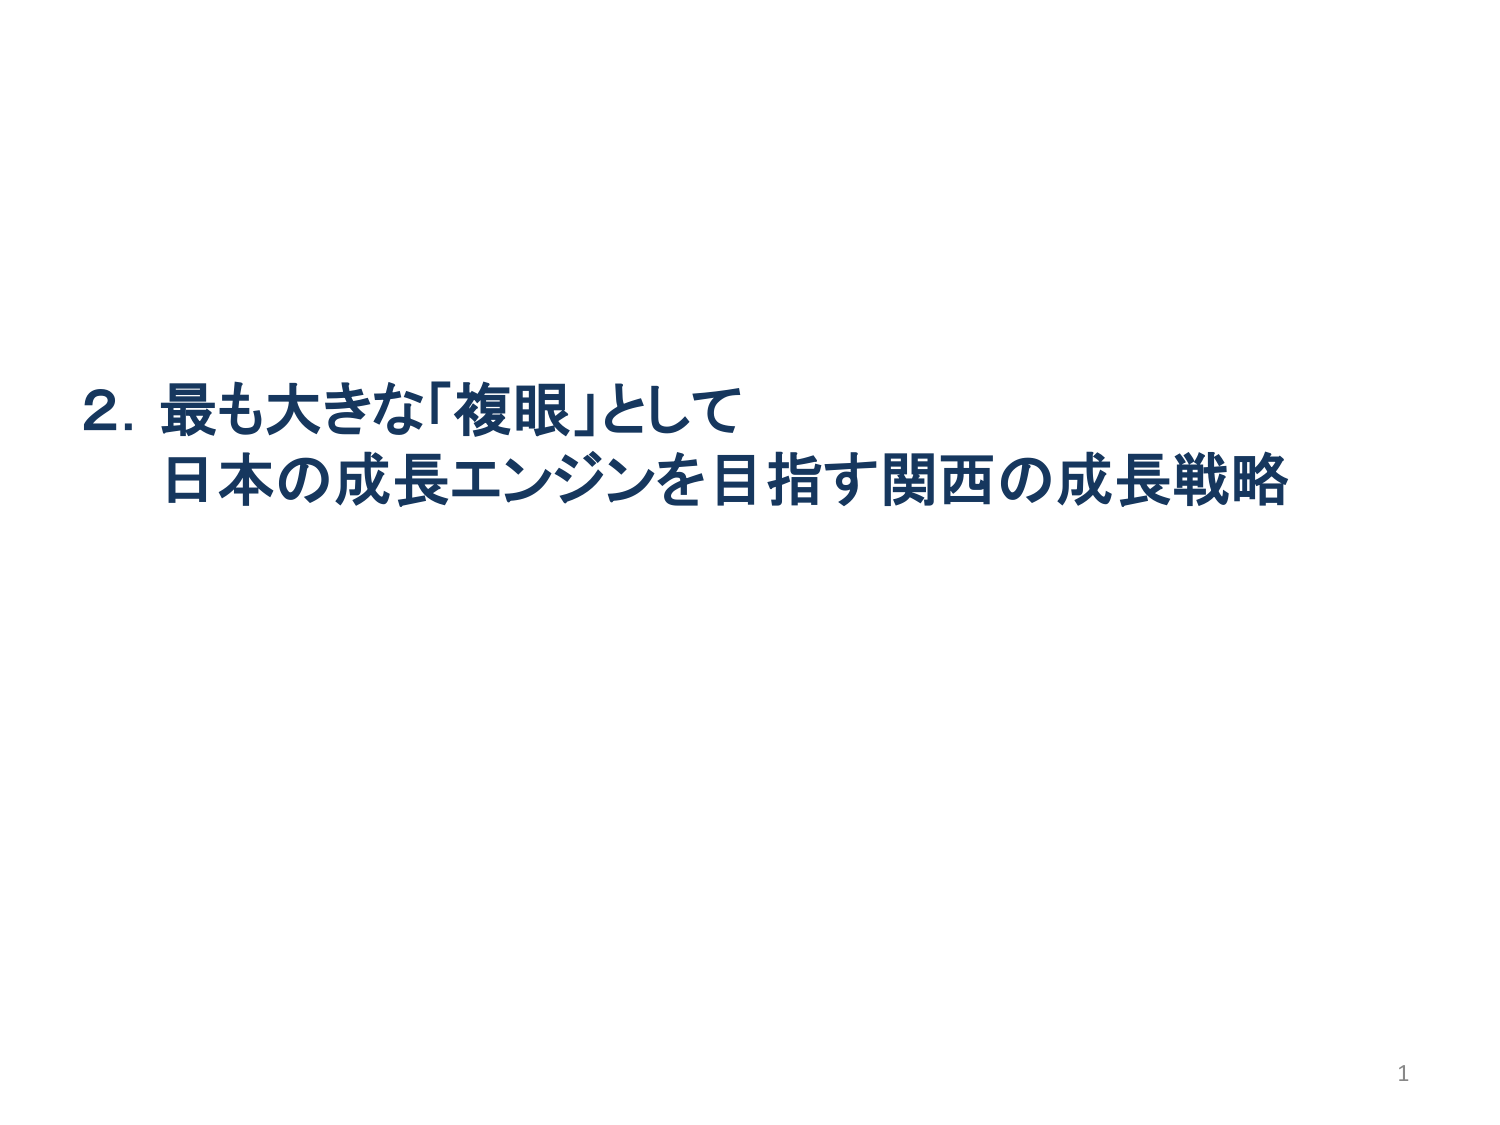
2. 最も大きな「複眼」として
日本の成長エンジンを目指す関西の成長戦略

1